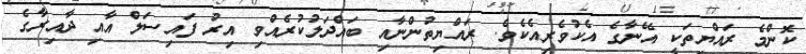
ކޮންމެ ރައްޔިތަކީ އޭނާގެ އެކުވެރިއެކެވެ. ރައްޔިތުންނާއި ބައްދަލުކުރެއްވި އިރު ފައިސަލް އާއި ދާއިރާގެ